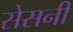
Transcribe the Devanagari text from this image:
सेसनी